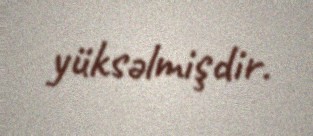
yüksəlmişdir.